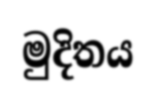
මුදිතය